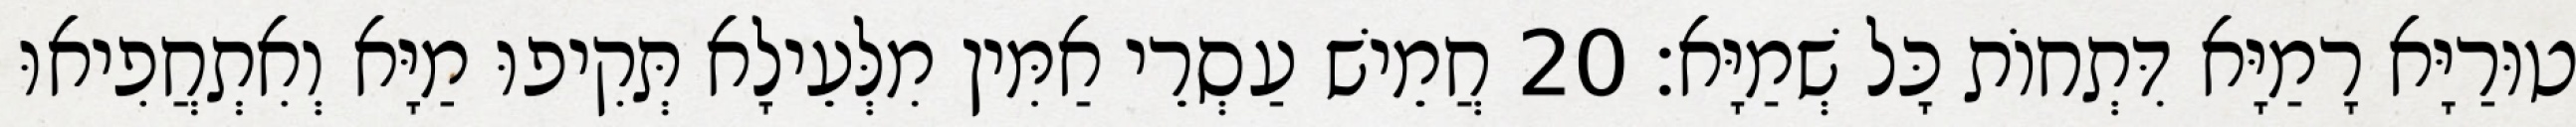
טוּרַיָּא רָמַיָּא דִּתְחוֹת כָּל שְׁמַיָּא׃ 20 חֲמֵישׁ עַסְרֵי אַמִּין מִלְּעֵילָא תְּקִיפוּ מַיָּא וְאִתְחֲפִיאוּ